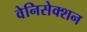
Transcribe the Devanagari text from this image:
वेनिसेक्शन